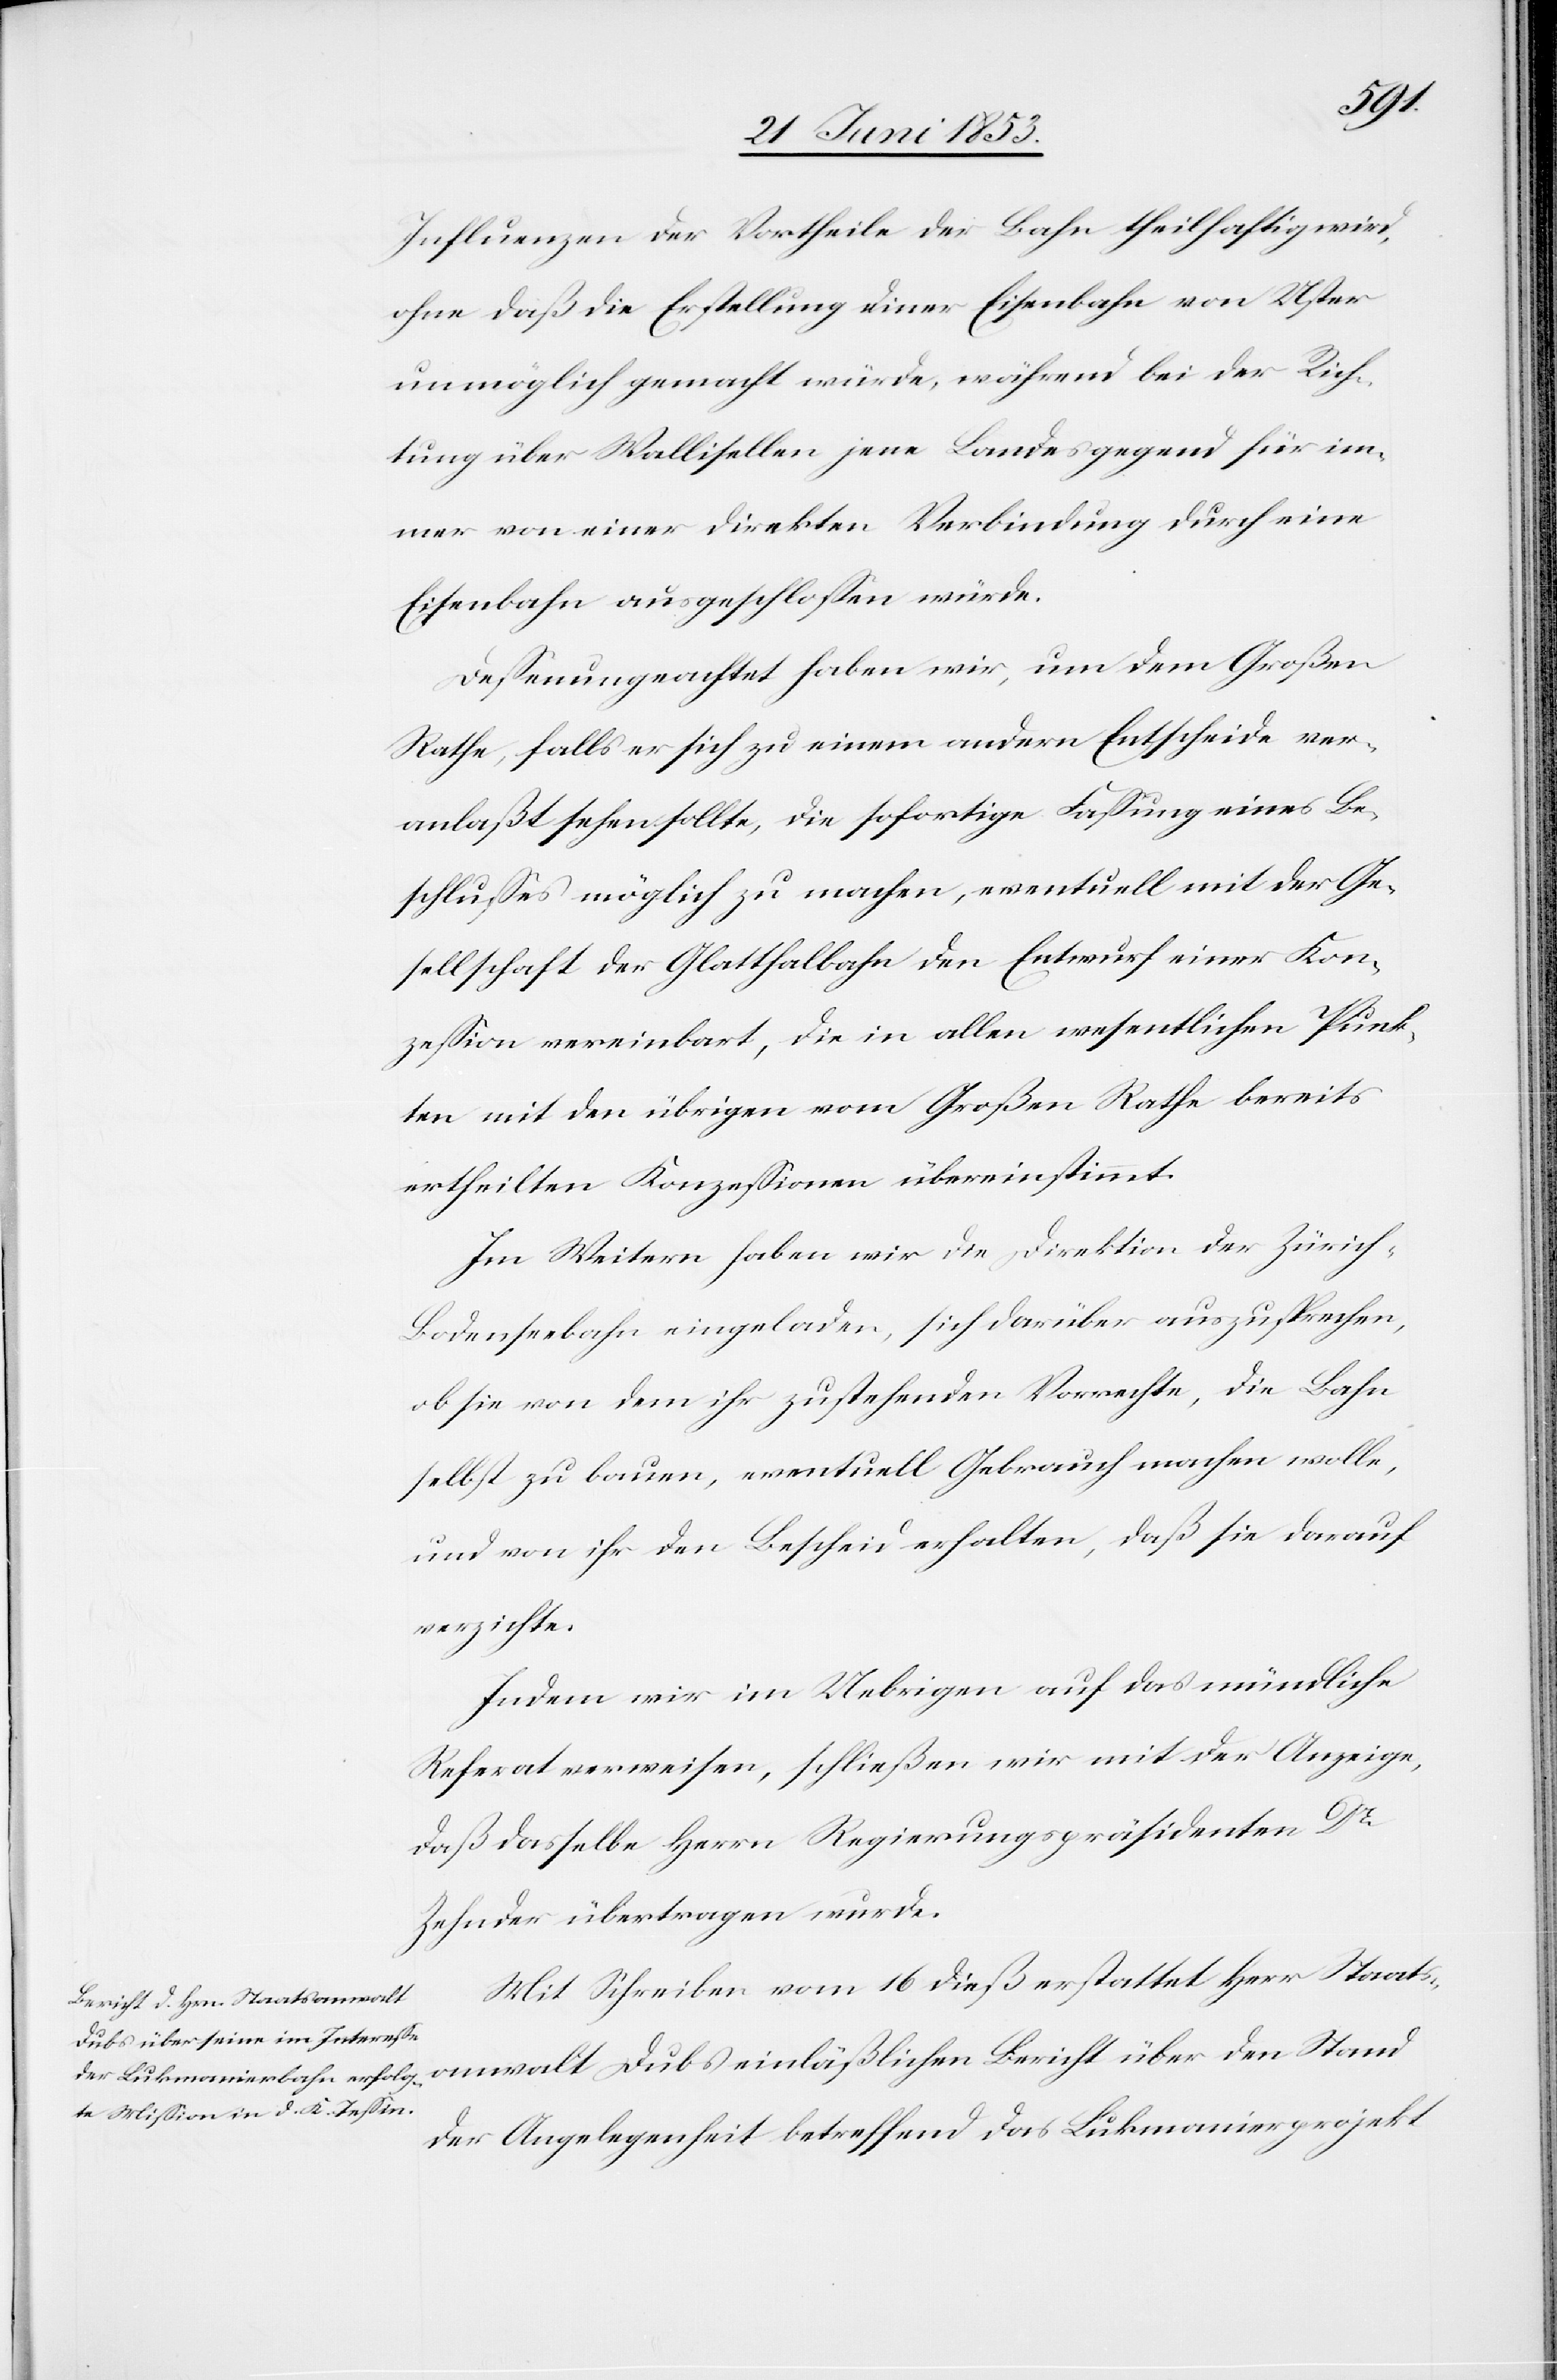
Influenzen der Vortheile der Bahn theilhaftig wird,
ohne daß die Erstellung dieser Eisenbahn von Uster
unmöglich gemacht würde, während bei der Rich¬
tung über Wallisellen jene Landesgegend für im¬
mer von einer direkten Verbindung durch eine
Eisenbahn ausgeschloßen würde.
Deßenungeachtet haben wir, um dem Großen
Rathe, falls er sich zu einem andern Entscheide ver¬
anlaßt sehen sollte, die sofortige Faßung eines Be¬
schlußes möglich zu machen, eventuell mit der Ge¬
sellschaft der Glatthalbahn den Entwurf einer Kon¬
zeßion vereinbart, die in allen wesentlichen Punk¬
ten mit den übrigen vom Großen Rathe bereits
ertheilten Konzeßionen übereinstimmt.
Im Weitern haben wir die Direktion der Zürich-B¬
odenseebahn eingeladen, sich darüber auszusprechen,
ob sie von dem ihr zustehenden Vorrechte, die Bahn
selbst zu bauen, eventuell Gebrauch machen wolle,
und von ihr den Bescheid erhalten, daß sie darauf
verzichte.
Indem wir im Uebrigen auf das mündliche
Referat verweisen, schließen wir mit der Anzeige,
daß dasselbe Herrn Regierungspräsidenten Dr.
Zehnder übertragen wurde.
Mit Schreiben vom 16 dieß erstattet Herr Staats¬
anwalt Dubs einläßlichen Bericht über den Stand
der Angelegenheit betreffend das Lukmanierprojekt